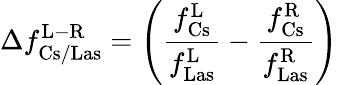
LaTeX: \Delta f_{\mathrm{Cs/Las}}^{\mathrm{L-R}}=\left(\frac{f_{\mathrm{Cs}}^{\mathrm{L}}}{f_{\mathrm{Las}}^{\mathrm{L}}}-\frac{f_{\mathrm{Cs}}^{\mathrm{R}}}{f_{\mathrm{Las}}^{\mathrm{R}}}\right)